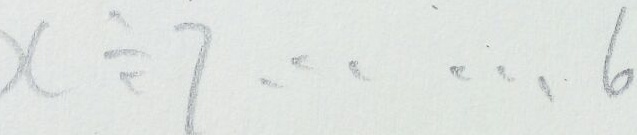
x \div 7 \cdots 6